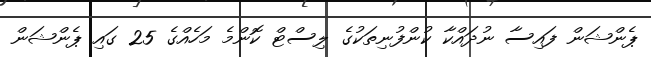
ޕެންޝަން ފައިސާ ނުދައްކާ ކުންފުނިތަކުގެ ލިސްޓް ކޮންމެ މަހެއްގެ 25 ގައި ޕެންޝަން